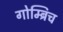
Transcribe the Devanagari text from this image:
गोम्ब्रिच